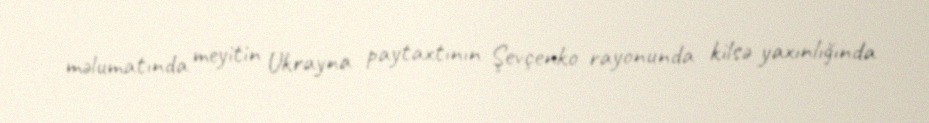
məlumatında meyitin Ukrayna paytaxtının Şevçenko rayonunda kilsə yaxınlığında